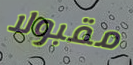
مقبولا